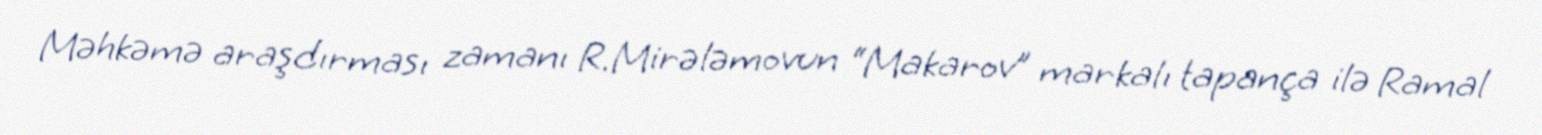
Məhkəmə araşdırması zamanı R.Mirələmovun “Makarov” markalı tapança ilə Ramal